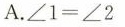
A. $$∠ 1 = ∠ 2$$